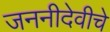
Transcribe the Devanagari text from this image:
जननीदेवीचे